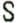
S